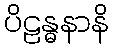
ပိဠန္ဓနာနိ